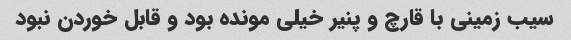
سیب زمینی با قارچ و پنیر خیلی مونده بود و قابل خوردن نبود